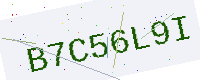
Text: B7C56L9I